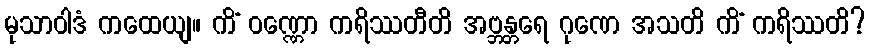
မုသာဝါဒံ ကထေယျ။ ကိံ ဝဏ္ဏော ကရိဿတီတိ အဗ္ဘန္တရေ ဂုဏေ အသတိ ကိံ ကရိဿတိ?